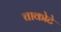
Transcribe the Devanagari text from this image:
चाकोटे